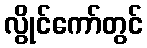
လွိုင်ကော်တွင်